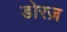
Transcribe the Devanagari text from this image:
डोरज़